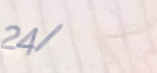
24/7